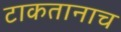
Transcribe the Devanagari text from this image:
टाकतानाच